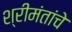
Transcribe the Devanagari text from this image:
श्रीमंतांचे